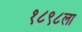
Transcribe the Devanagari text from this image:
१८९८ला